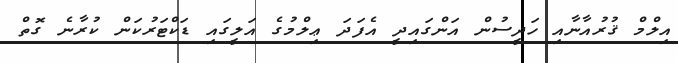
އިލްމް ޤުރުއާނާއި ހަދީސުން އަންގައިދީ އެފަދަ ޢިލްމުގެ އަލީގައި ޑަކްޓަރުކަން ކުރާނެ ގޮތް